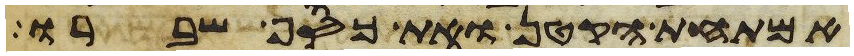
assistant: אמתחת הקטן ואת כסף שברו